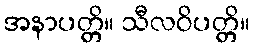
အနာပတ္တိ။ သီလဝိပတ္တိ။